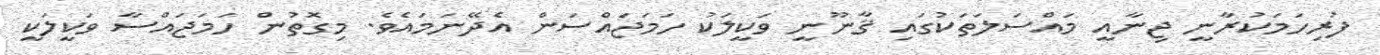
ފުރިހަމަކުރާނީ ޖިނާއީ މައްސަލަތަކުގައި ޤާނޫނީ ވަކީލަކު ހަމަޖައްސަން އެދޭނަމައެވެ. މިގޮތުން ހަމަޖައްސާ ވަކީލަކީ